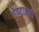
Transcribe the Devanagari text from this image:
घेण्याचाही